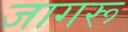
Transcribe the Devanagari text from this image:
जागरू